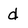
Character: d